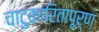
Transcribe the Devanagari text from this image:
चाटुकारितापूर्ण